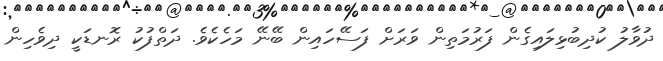
ދުވާލު ކުދިބުޅިލައިގެން ފަރުމަތިން ވަރަށް ފަސޭހައިން ބޭނޭ މަހެކެވެ. ދަތްފުކު ރޮނޑަކީ ދިވެހިން